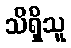
သိရှိသူ